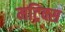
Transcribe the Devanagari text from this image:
मट्रिक्स